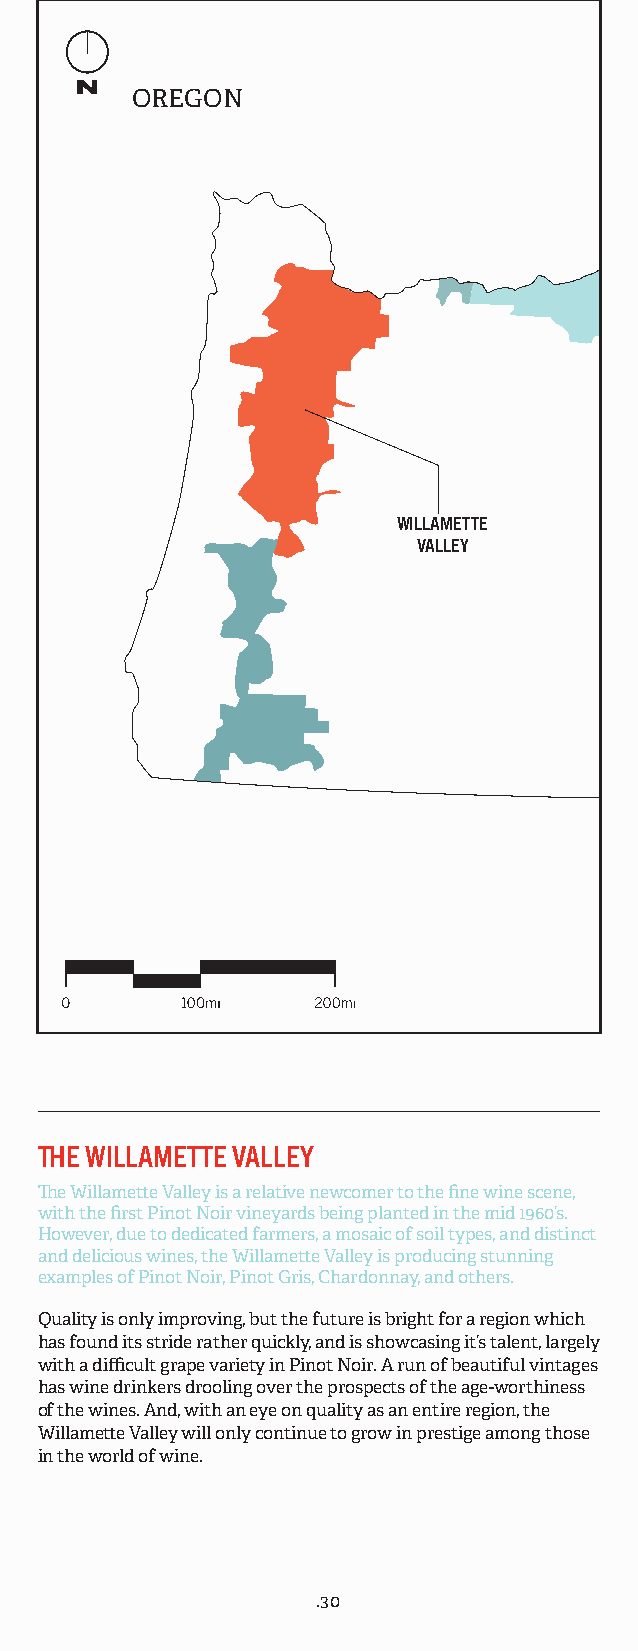
OREGON
 WILLAMETTE
 VALLEY
 THE WILLAMETTE VALLEY
 The Willamette Valley is a relative newcomer to the fine wine scene,
 with the first Pinot Noir vineyards being planted in the mid 1960’s.
 However, due to dedicated farmers, a mosaic of soil types, and distinct
 and delicious wines, the Willamette Valley is producing stunning
 examples of Pinot Noir, Pinot Gris, Chardonnay, and others.
 Quality is only improving, but the future is bright for a region which
 has found its stride rather quickly, and is showcasing it’s talent, largely
 with a difficult grape variety in Pinot Noir. A run of beautiful vintages
 has wine drinkers drooling over the prospects of the age-worthiness
 of the wines. And, with an eye on quality as an entire region, the
 Willamette Valley will only continue to grow in prestige among those
 in the world of wine.
 .30